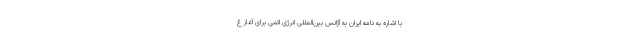
با اشاره به نامه ایران به آژانس بین‌المللی انرژی اتمی برای آغاز غ